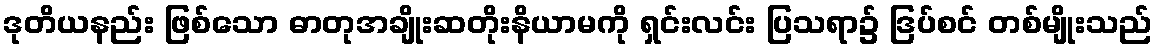
ဒုတိယနည်း ဖြစ်သော ဓာတုအချိုးဆတိုးနိယာမကို ရှင်းလင်း ပြသရာ၌ ဒြပ်စင် တစ်မျိုးသည်